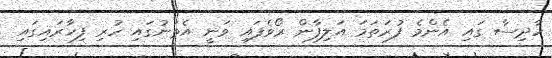
ހާދިސާ ގައި އެންމެ ފުރަތަމަ އަލިފާން ރޯވެފައި ވަނީ އެތަނުގައި ހުރި ފިހާރައިގައި